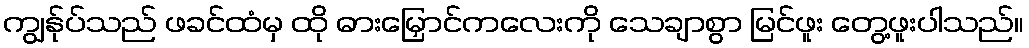
ကျွန်ုပ်သည် ဖခင်ထံမှ ထို ဓားမြှောင်ကလေးကို သေချာစွာ မြင်ဖူး တွေ့ဖူးပါသည်။